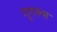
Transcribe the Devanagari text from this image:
गूगल्स